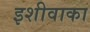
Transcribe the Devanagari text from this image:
इशीवाका